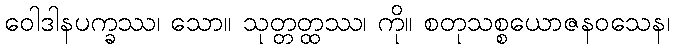
ဝေါဒါနပက္ခဿ၊ သော။ သုတ္တတ္ထဿ၊ ကို။ စတုသစ္စယောဇနဝသေန၊